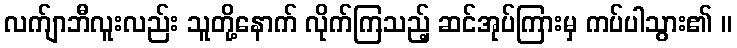
လက်ျာဘီလူးလည်း သူတို့နောက် လိုက်ကြသည့် ဆင်အုပ်ကြားမှ ကပ်ပါသွား၏ ။